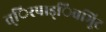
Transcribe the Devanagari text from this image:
त्िरपाड्िवभूिट